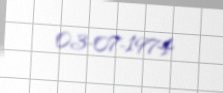
03-07-1974